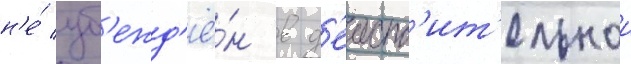
н'е́ уб'ежд'ё́н в д'еиств'ит'ельнои